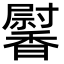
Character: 𩡛